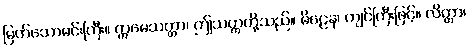
မြတ်သောမင်းကြီး။ ဣမေသတ္တာ၊ ဤသတ္တတို့သည်။ မိဠေန၊ ကျင်ကြီးဖြင့်။ လိတ္တာ၊